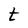
Character: t